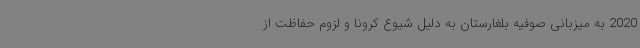
2020 به میزبانی صوفیه بلغارستان به دلیل شیوع کرونا و لزوم حفاظت از